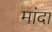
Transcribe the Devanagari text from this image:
मांदा